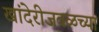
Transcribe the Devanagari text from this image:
खांदेरीजवळच्या